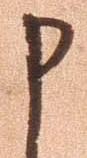
申